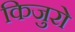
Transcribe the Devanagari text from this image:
किजुरो